Indian journal of veterinary science and animal husbandry - Volume 10,
Year: 1940
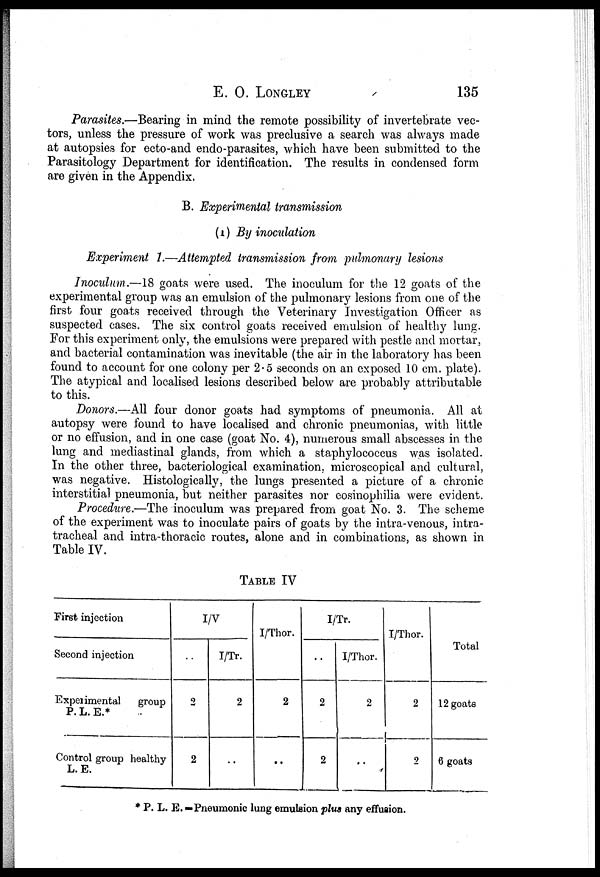
E. O. LONGLEY 135
Parasites.—Bearing in mind the remote possibility of invertebrate vec-
tors, unless the pressure of work was preclusive a search was always made
at autopsies for ecto-and endo-parasites, which have been submitted to the
Parasitology Department for identification. The results in condensed form
are given in the Appendix.
B. Experimental transmission
(I) By inoculation
Experiment 1.—Attempted transmission from pulmonary lesions
Inoculum..—18 goats were used. The inoculum for the 12 goats of the
experimental group was an emulsion of the pulmonary lesions from one of the
first four goats received through the Veterinary Investigation Officer as
suspected cases. The six control goats received emulsion of healthy lung.
For this experiment only, the emulsions were prepared with pestle and mortar,
and bacterial contamination was inevitable (the air in the laboratory has been
found to account for one colony per 2.5 seconds on an exposed 10 cm. plate).
The atypical and localised lesions described below are probably attributable
to this.
Donors.—All four donor goats had symptoms of pneumonia. All at
autopsy were found to have localised and chronic pneumonias, with little
or no effusion, and in one case (goat No. 4), numerous small abscesses in the
lung and mediastinal glands, from which a staphylococcus was isolated.
In the other three, bacteriological examination, microscopical and cultural,
was negative. Histologically, the lungs presented a picture of a chronic
interstitial pneumonia, but neither parasites nor eosinophilia were evident.
Procedure.—The inoculum was prepared from goat No. 3. The scheme
of the experiment was to inoculate pairs of goats by the intra-venous, intra-
tracheal and intra-thoracic routes, alone and in combinations, as shown in
Table IV.
TABLE IV
First injection
Second injection
Experimental
group
P. L. E.*
Control group healthy
L. E.
I/V
..
2
2
I/Tr.
2
..
I/Thor.
2
..
I/Tr.
..
2
2
I/Thor.
2
..
I/Thor.
2
2
Total
12 goats
6 goats
* P. L. E. —Pneumonic lung emulsion plus any effusion.